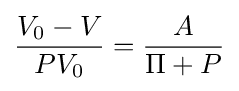
{\frac {V_{0}-V}{PV_{0}}}={\frac {A}{\Pi +P}}